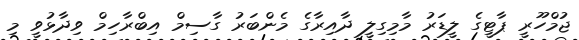
ޖުމްހޫރީ ޕާޓީގެ ލީޑަރު މާމިގިލީ ދާއިރާގެ މެންބަރު ގާސިމް އިބްރާހިމް ވިދާޅުވީ މި